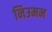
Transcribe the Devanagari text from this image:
निउमन